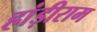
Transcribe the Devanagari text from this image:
हांड़ीराम